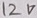
Text: 12V